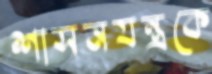
শাসনযন্ত্রকে